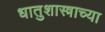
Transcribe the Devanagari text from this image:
धातुशास्त्राच्या